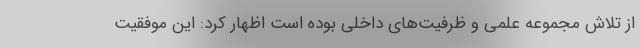
از تلاش مجموعه علمی و ظرفیت‌های داخلی بوده است اظهار کرد: این موفقیت